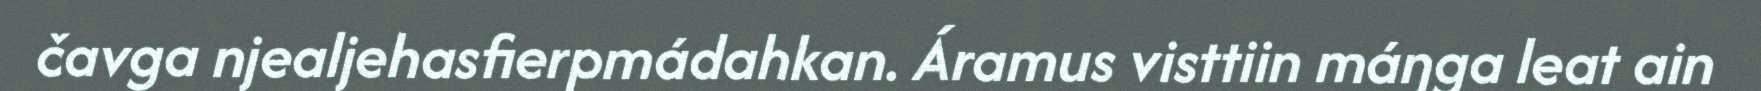
čavga njealjehasfierpmádahkan. Áramus visttiin máŋga leat ain